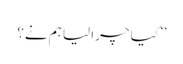
’’کیا چرا لیا ہم نے؟